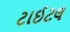
ટાઈટલ